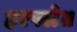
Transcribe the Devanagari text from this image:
हरपले॥